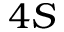
4 S